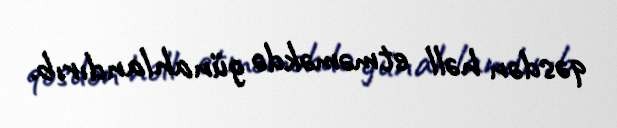
qəsdən həll etməməkdə günahlandırıb.